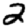
Digit: 2